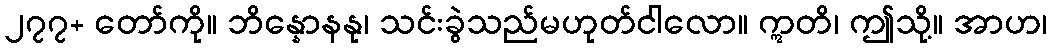
၂၇၇+ တော်ကို။ ဘိန္နောနနု၊ သင်းခွဲသည်မဟုတ်ငါလော။ ဣတိ၊ ဤသို့။ အာဟ၊